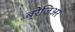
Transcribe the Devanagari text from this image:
ब्रेजिअर